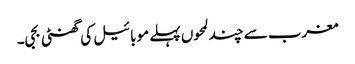
مغرب سے چند لمحوں پہلے موبائیل کی گھنٹی بجی۔